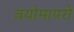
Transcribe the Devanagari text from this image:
वयोमापरो